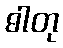
ဓါတု